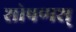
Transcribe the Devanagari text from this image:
शोषणश्